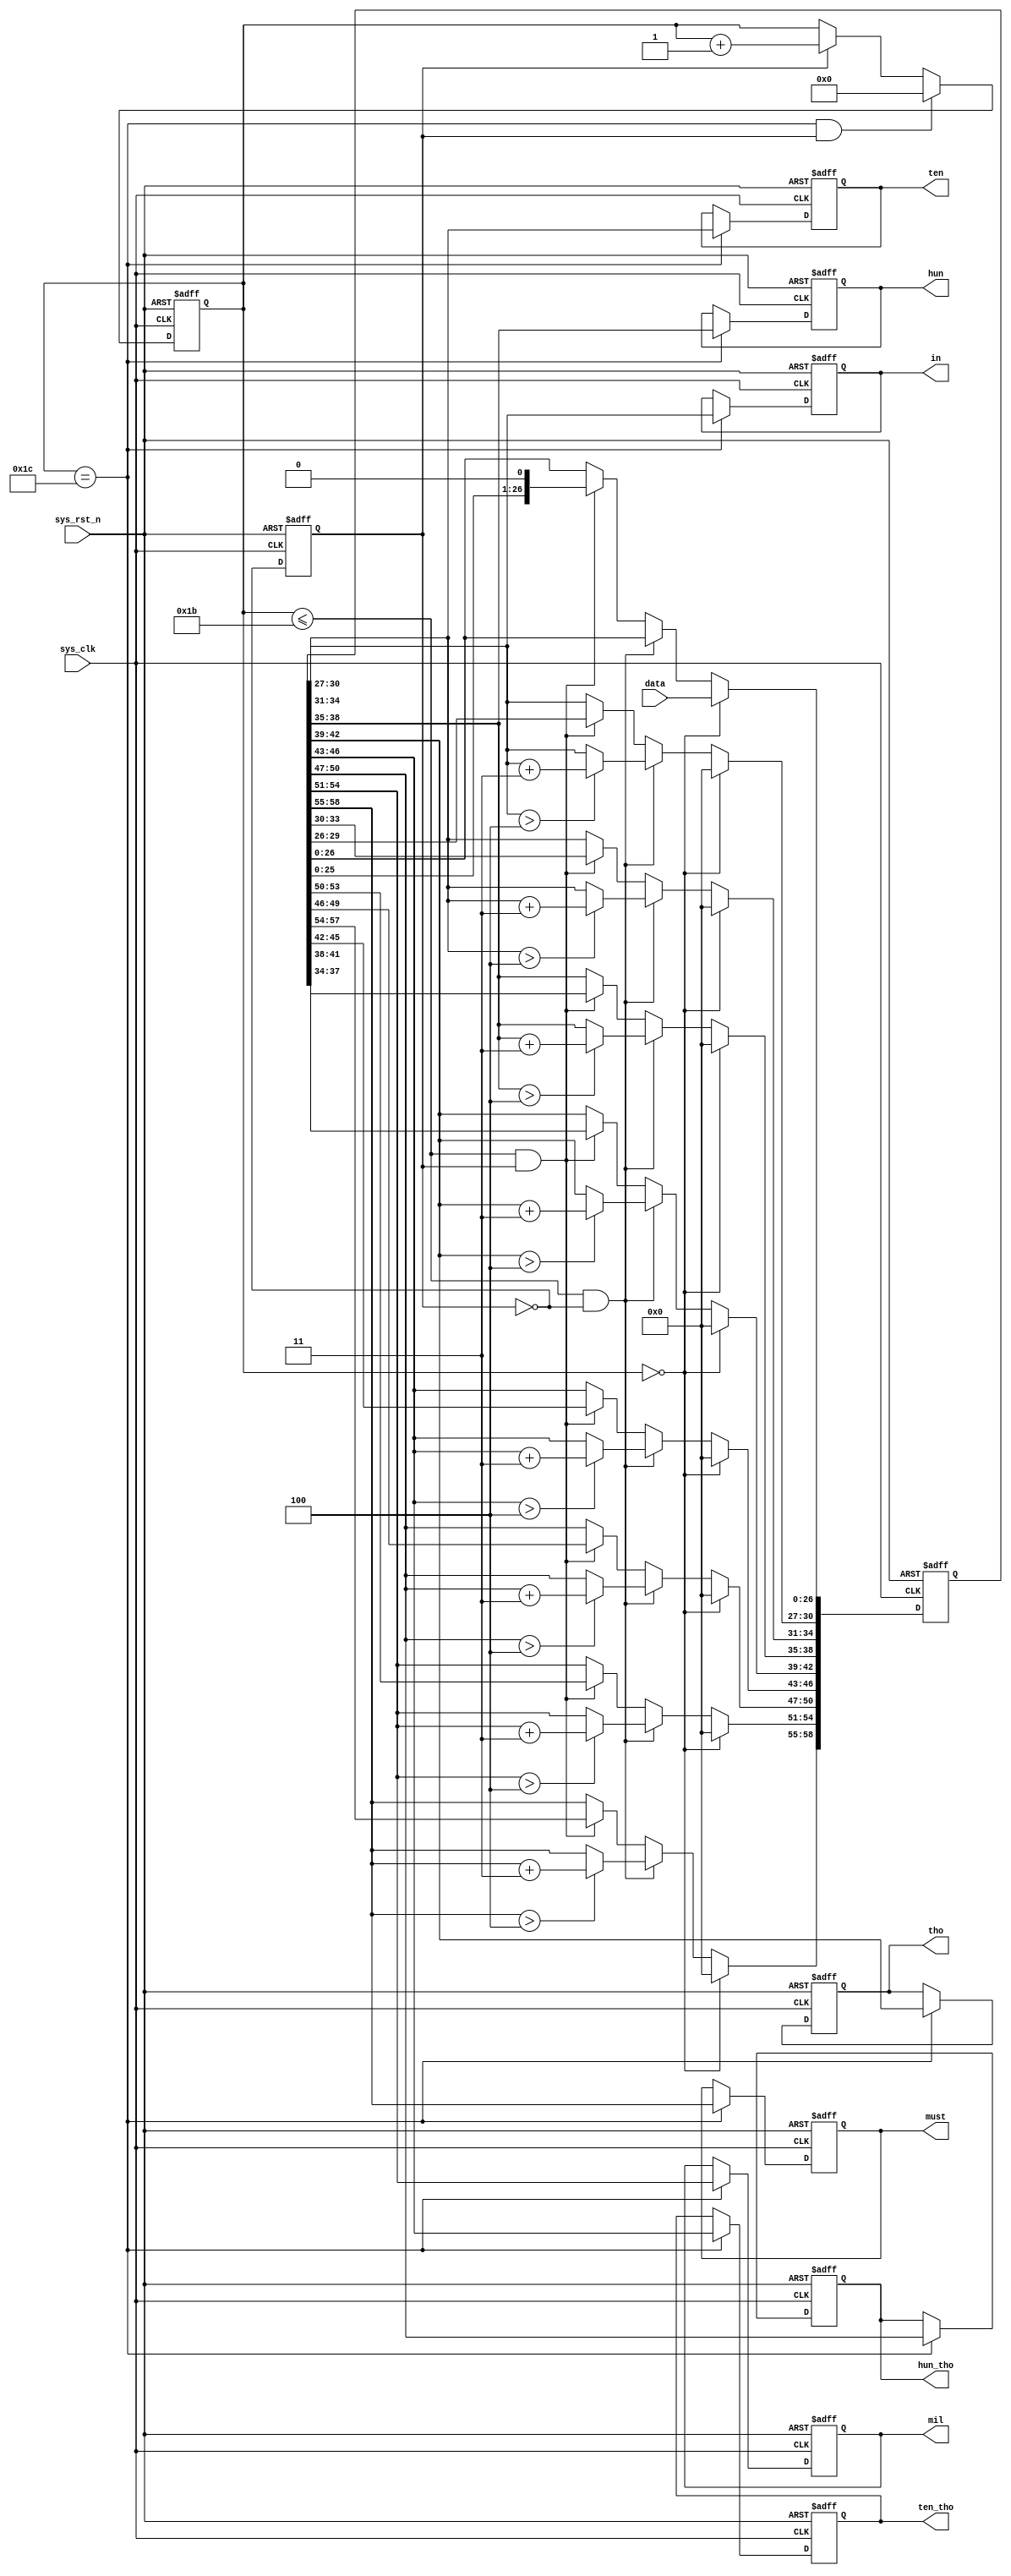
module  bcd_8421
(
    input   wire            sys_clk     ,
    input   wire            sys_rst_n   ,
    input   wire    [26:0]  data        ,
    
    output  reg     [3:0]   in          , //
    output  reg     [3:0]   ten         , //
    output  reg     [3:0]   hun         , //
    output  reg     [3:0]   tho         , //
    output  reg     [3:0]   ten_tho     , //
    output  reg     [3:0]   hun_tho     , //
    output  reg     [3:0]   mil         , //
    output  reg     [3:0]   must          //

);

reg     [4:0]   cnt_shift   ;
reg     [58:0]  data_shift  ;
reg             shift_flag  ;


always@(posedge sys_clk or negedge sys_rst_n)
    if(sys_rst_n == 1'b0)
        cnt_shift <= 5'd0;
    else    if((cnt_shift == 5'd28) && (shift_flag == 1'b1))
        cnt_shift <= 5'd0;
    else    if(shift_flag == 1'b1)
        cnt_shift <= cnt_shift + 1'b1;
    else
        cnt_shift <= cnt_shift;

always@(posedge sys_clk or negedge sys_rst_n)
    if(sys_rst_n == 1'b0)
        data_shift <= 59'd0;
    else    if(cnt_shift == 5'd0)
        data_shift <= {32'b0,data};
    else    if((cnt_shift <= 5'd27) && (shift_flag == 1'b0))
        begin
            data_shift[30:27] <= (data_shift[30:27] > 4) ? (data_shift[30:27] + 2'd3) : (data_shift[30:27]);
            data_shift[34:31] <= (data_shift[34:31] > 4) ? (data_shift[34:31] + 2'd3) : (data_shift[34:31]);
            data_shift[38:35] <= (data_shift[38:35] > 4) ? (data_shift[38:35] + 2'd3) : (data_shift[38:35]);
            data_shift[42:39] <= (data_shift[42:39] > 4) ? (data_shift[42:39] + 2'd3) : (data_shift[42:39]);
            data_shift[46:43] <= (data_shift[46:43] > 4) ? (data_shift[46:43] + 2'd3) : (data_shift[46:43]);
            data_shift[50:47] <= (data_shift[50:47] > 4) ? (data_shift[50:47] + 2'd3) : (data_shift[50:47]);
            data_shift[54:51] <= (data_shift[54:51] > 4) ? (data_shift[54:51] + 2'd3) : (data_shift[54:51]);
            data_shift[58:55] <= (data_shift[58:55] > 4) ? (data_shift[58:55] + 2'd3) : (data_shift[58:55]);
        end
    else    if((cnt_shift <= 5'd27) && (shift_flag == 1'b1))    
        data_shift <= data_shift << 1;
    else
        data_shift <= data_shift;

always@(posedge sys_clk or negedge sys_rst_n)
    if(sys_rst_n == 1'b0)
        shift_flag <= 1'b0;
    else
        shift_flag <= ~shift_flag;


always@(posedge sys_clk or negedge sys_rst_n)
    if(sys_rst_n == 1'b0)
        begin
            in      <= 4'b0;
            ten     <= 4'b0;
            hun     <= 4'b0;
            tho     <= 4'b0;
            ten_tho <= 4'b0;
            hun_tho <= 4'b0;
            mil     <= 4'b0;
            must    <= 4'b0;
        end
    else    if(cnt_shift == 5'd28)
        begin
            in      <= data_shift[30:27];
            ten     <= data_shift[34:31];
            hun     <= data_shift[38:35];
            tho     <= data_shift[42:39];
            ten_tho <= data_shift[46:43];
            hun_tho <= data_shift[50:47];
            mil     <= data_shift[54:51];
            must    <= data_shift[58:55];
        end

endmodule